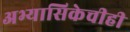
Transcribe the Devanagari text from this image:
अभ्यासिकेचीही